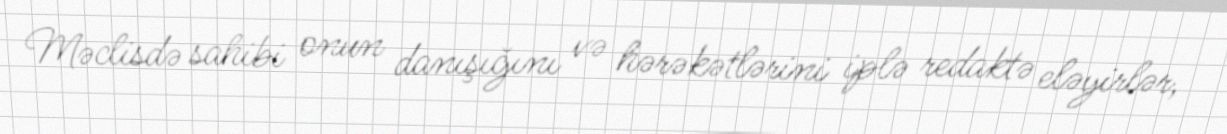
Məclisdə sahibi onun danışığını və hərəkətlərini iplə redaktə eləyirlər,